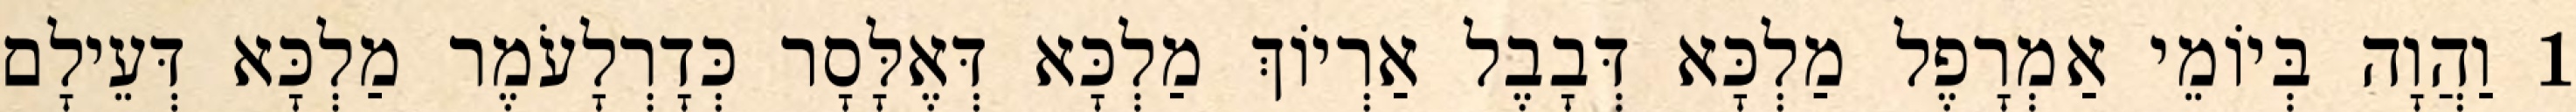
1 וַהֲוָה בְּיוֹמֵי אַמְרָפֶל מַלְכָּא דְּבָבֶל אַרְיוֹךְ מַלְכָּא דְּאֶלָּסָר כְּדָרְלָעֹמֶר מַלְכָּא דְּעֵילָם